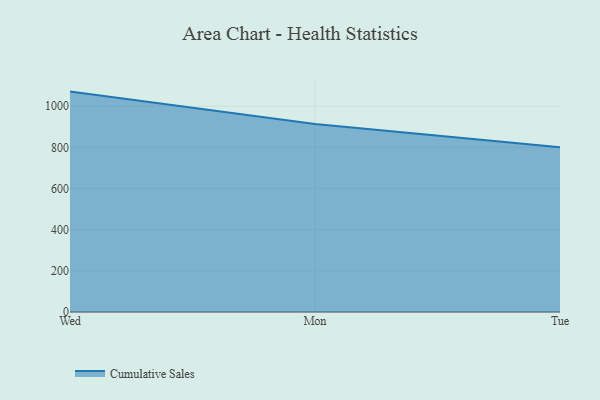
{"axis": {"x": "Day", "y": "Operating Costs (USD K)"}, "legend": ["Cumulative Sales"], "data": [{"x": "Wed", "y": 1071.0, "type": "Cumulative Sales"}, {"x": "Mon", "y": 913.3, "type": "Cumulative Sales"}, {"x": "Tue", "y": 800, "type": "Cumulative Sales"}]}